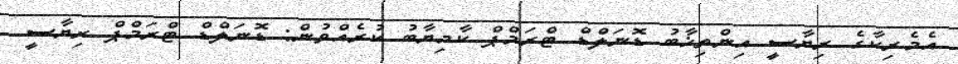
އެމެރިކާގެ ރިޔާސީ އިންތިޚާބު ޑޮނަލްޑް ޓްރަމްޕް ކާމިޔާބު ކުރެއްވުން: ޑޮނަލްޑް ޓްރަމްޕް ރިޔާސީ